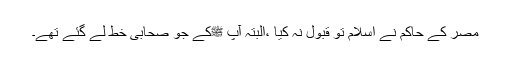
مصر کے حاکم نے اسلام تو قبول نہ کیا ،البتہ آپ ﷺکے جو صحابی خط لے گئے تھے۔